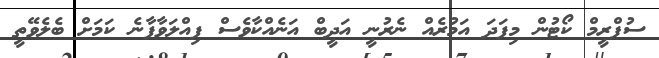
ސުޕްރީމް ކޯޓުން މިފަދަ އަމުރެއް ނެރުނީ އަދީބް އަނެއްކާވެސް ފިއްލަވާފާނެ ކަަމަށް ބެލެވޭތީ